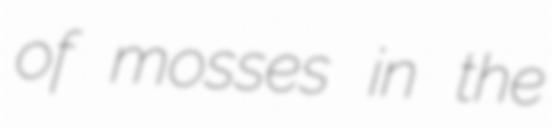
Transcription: of mosses in the